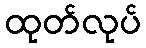
ထုတ်လုပ်